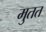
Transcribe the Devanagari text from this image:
मुतत